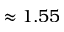
\approx 1 . 5 5